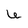
Character: U